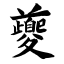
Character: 夔